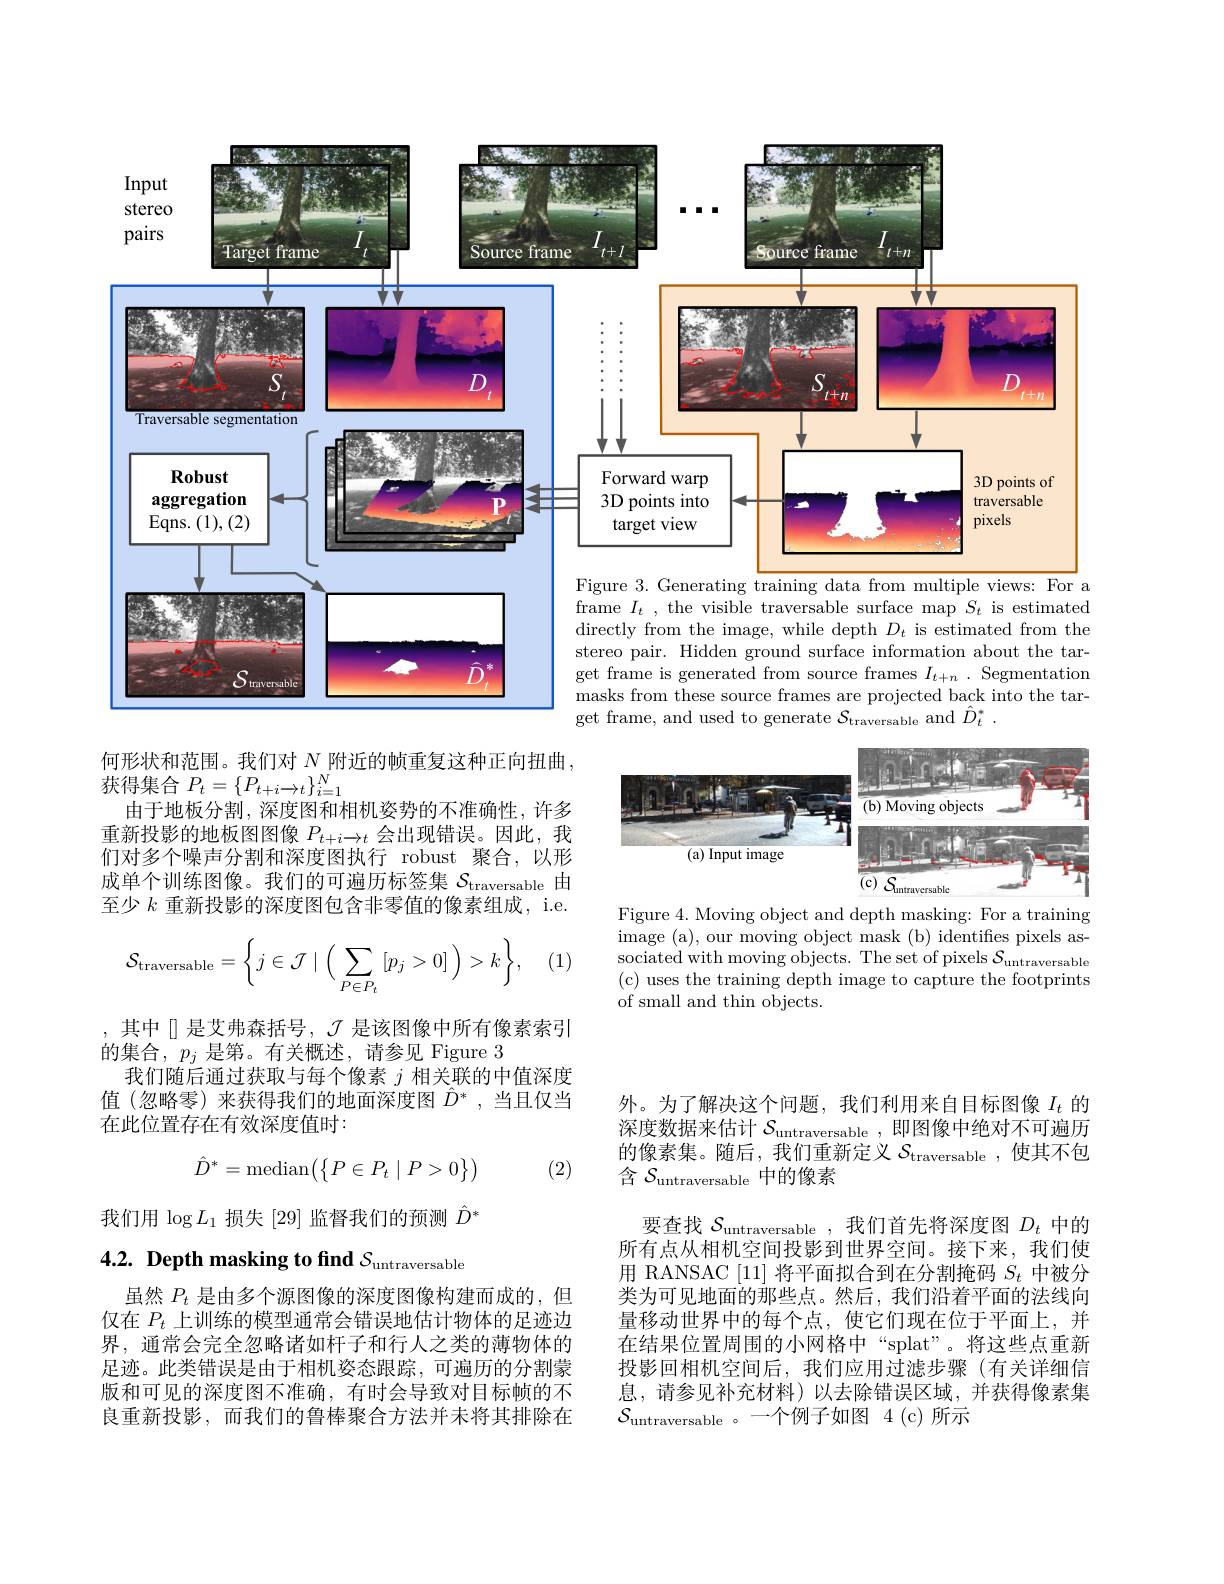
<FigureHere>
a
get frame, and used to generate $\mathcal{S}_\text{traversable}$ and $\hat{D}_t^*.$

<FigureHere>

何形状和范围。我们对$N$附近的帧重复这种正向扭曲，
获得集合$P_t=\{P_{t+i\rightarrow t}\}_{i=1}^N$
由于地板分割，深度图和相机姿势的不准确性，许多重新投影的地板图图像$P_t+i\to t$会出现错误。因此，我们对多个噪声分割和深度图执行 robust 聚合，以形成单个训练图像。我们的可遍历标签集$\mathcal{S}_\mathrm{traversable}$由至少$k$重新投影的深度图包含非零值的像素组成，i.e.

Figure 4. Moving object and depth masking: For a training image (a), our moving object mask (b) identifies pixels associated with moving objects. The set of pixels $\mathcal{S}_\text{untraversable}$ (c) uses the training depth image to capture the footprints of small and thin objects.

(1)
$$\mathcal{S}_{\text{traversable}}=\bigg\{j\in\mathcal{J}\mid\bigg(\sum\limits_{P\in P_t}[p_j>0]\bigg)>k\bigg\},$$
,其中[]是艾弗森括号，$\mathcal{J}$是该图像中所有像素索引
的集合，$p_j$是第。有关概述，请参见 Figure 3
我们随后通过获取与每个像素$j$相关联的中值深度值(忽略零)来获得我们的地面深度图$\hat{D}^*$,当且仅当在此位置存在有效深度值时：

外。为了解决这个问题，我们利用来自目标图像$I_t$的深度数据来估计$\mathcal{S}_\mathrm{untraversable}$,即图像中绝对不可遍历的像素集。随后，我们重新定义$S_\mathrm{traversable}$,使其不包含$\mathcal{S}_\mathrm{untraversable}$中的像素

(2)
$$\hat{D}^*=\text{median}\big(\big\{P\in P_t\mid P>0\big\}\big)$$
我们用$\log L_1$损失 [29]监督我们的预测$\hat{D}^*$

4.2. Depth masking to find $S_\mathrm{untraversable}$

要查找$\mathcal{S}_\mathrm{untraversable}$,我们首先将深度图$D_t$中的所有点从相机空间投影到世界空间。接下来，我们使用 RANSAC [11] 将平面拟合到在分割掩码$S_t$中被分类为可见地面的那些点。然后，我们沿着平面的法线向量移动世界中的每个点，使它们现在位于平面上，并在结果位置周围的小网格中“splat”。将这些点重新投影回相机空间后，我们应用过滤步骤(有关详细信息，请参见补充材料)以去除错误区域，并获得像素集$\mathcal{S}_{\text{untraversable 。一个例子如图 4(c)所示}}$

虽然$P_{t}$是由多个源图像的深度图像构建而成的，但仅在$P_t$上训练的模型通常会错误地估计物体的足迹边界，通常会完全忽略诸如杆子和行人之类的薄物体的足迹。此类错误是由于相机姿态跟踪，可遍历的分割蒙版和可见的深度图不准确，有时会导致对目标帧的不良重新投影，而我们的鲁棒聚合方法并未将其排除在